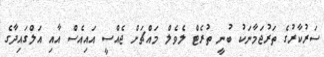
ސަރުކާރުގެ ތަރުޖަމާނަކު ބުނީ ތުރެޓް ލެވެލް މައްޗަށް ޖެއްސީ އައިއެސް އާއި އަލްގައިދާގެ